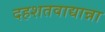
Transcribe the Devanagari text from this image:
दहशतवाद्यान्ना